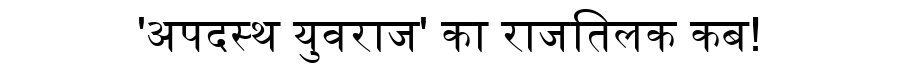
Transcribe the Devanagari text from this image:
'अपदस्थ युवराज' का राजतिलक कब!